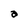
Character: a